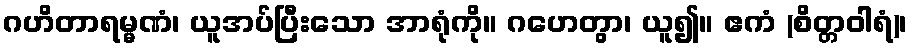
ဂဟိတာရမ္မဏံ၊ ယူအပ်ပြီးသော အာရုံကို။ ဂဟေတွာ၊ ယူ၍။ ဧကံ (စိတ္တဝါရံ)၊